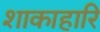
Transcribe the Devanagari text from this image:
शाकाहारि